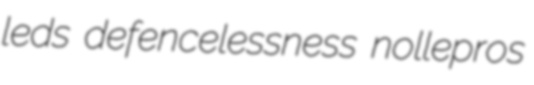
leds defencelessness nollepros